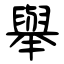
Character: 舉